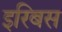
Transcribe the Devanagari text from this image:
इरिबस